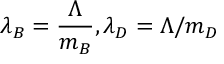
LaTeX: \lambda _ { B } = \frac \Lambda { m _ { B } } , \lambda _ { D } = \Lambda / m _ { D }